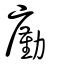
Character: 㢙